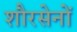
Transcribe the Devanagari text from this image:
शौरसेनों